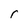
Character: r